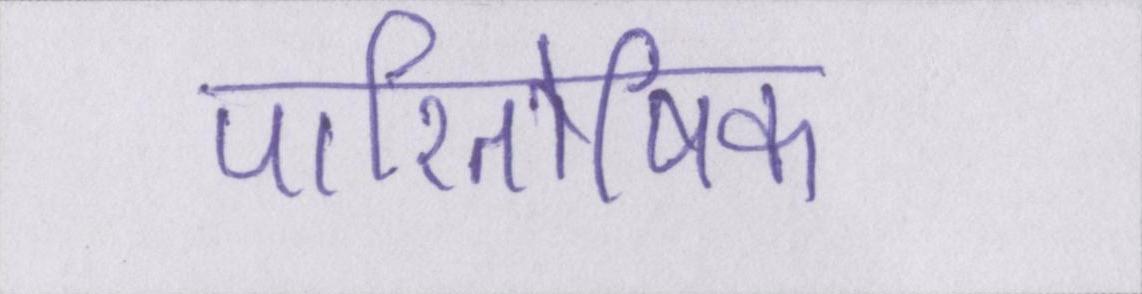
पारितोषिक